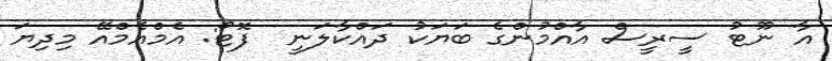
އާ ނޫޓު ސީރީސް އާއްމުންގެ ބަޔަކު ދައްކާލަނީ  ފޮޓޯ: އެމްއެމްއޭ މިދިޔަ